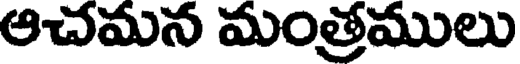
ఆచమన మంత్రములు